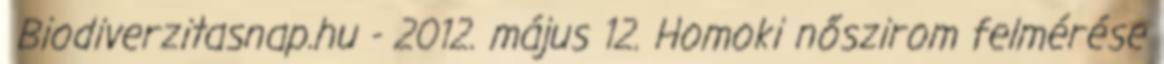
Biodiverzitasnap.hu - 2012. május 12. Homoki nőszirom felmérése